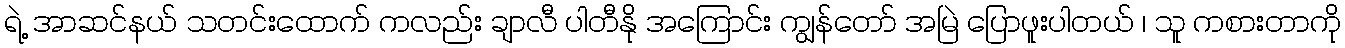
ရဲ့ အာဆင်နယ် သတင်းထောက် ကလည်း ချာလီ ပါတီနို အကြောင်း ကျွန်တော် အမြဲ ပြောဖူးပါတယ် ၊ သူ ကစားတာကို